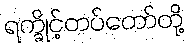
ရက္ခိုင့်တပ်တော်တို့